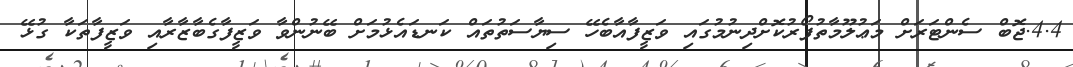
4.4.ޖޮބް ސެންޓަރަށް މަޢުލޫމާތުފޯރުކޮށްދިނުމުގައި ވަޒީފާއާބެހޭ ސިޔާސަތުތައް ކަނޑައެޅުމަށް ބޭނުންވާ ވަޒީފާގެބާޒާރާއި ވަޒީފާތަކާ ގުޅޭ